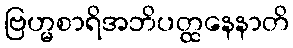
ဗြဟ္မစာရိအဘိပတ္ထနေနာတိ